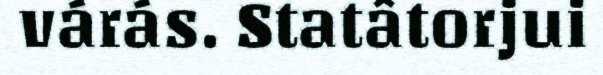
várás. Statâtorjui